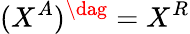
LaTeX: (X^{A})^{\dag}=X^{R}